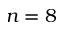
n = 8